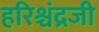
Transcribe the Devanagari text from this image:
हरिश्चंद्रजी